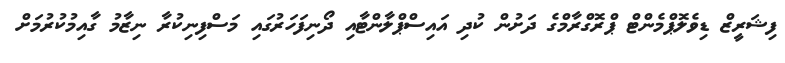
ފިޝަރީޒް ޑިވެލޮޕްމެންޓް ޕްރޮގްރާމްގެ ދަށުން ކުދި އައިސްޕްލާންޓާއި ދޯނިފަހަރުގައި މަސްފިނިކުރާ ނިޒާމު ގާއިމުކުރުމަށް